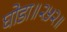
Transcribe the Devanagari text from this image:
घोडा॥२५२॥